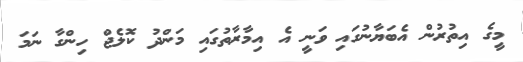
މީގެ އިތުރުން އެބަޔާނުގައި ވަނީ އެ އިމާރާތުގައި މަންދު ކޮލެޖް ހިންގާ ނަމަ